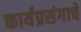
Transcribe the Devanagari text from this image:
कार्यप्रसंगाचे